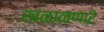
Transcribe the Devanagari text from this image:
खळाळणारे